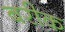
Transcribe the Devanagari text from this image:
बरीक